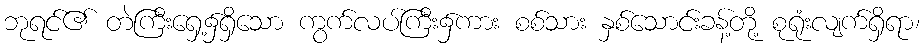
ဘုရင်၏ တဲကြီးရှေ့၌ရှိသော ကွက်လပ်ကြီး၌ကား စစ်သား နှစ်သောင်းခန့်တို့ စုရုံးလျက်ရှိရာ၊